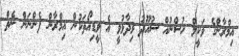
އިމްރާންގެ ވަކީލް ހުސްނުއް ސުއޫދު ވިދާޅުވީ އެ ވީޑިއޯތަކުން އިމްރާން ފެންނަން ނެތް